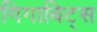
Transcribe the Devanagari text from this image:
गिगाबिट्स